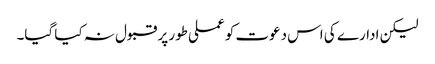
لیکن ادارے کی اس دعوت کو عملی طور پر قبول نہ کیا گیا۔